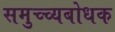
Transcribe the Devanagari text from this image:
समुच्च्यबोधक